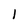
Character: 1